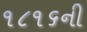
૧૮૧૬ની